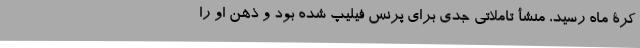
کرۀ ماه رسید، منشأ تاملاتی جدی برای پرنس فیلیپ شده بود و ذهن او را